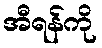
အီရန်ကို